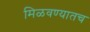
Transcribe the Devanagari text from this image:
मिळवण्यातच